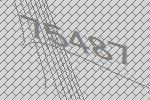
75487